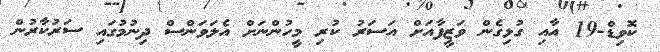
ކޮވިޑް-19 އާއި ގުޅިގެން ވަޒީފާއަށް އަސަރު ކުރި މީހުންނަށް އެލަވަންސް ދިނުމުގައި ސަރުކާރުން